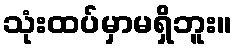
သုံးထပ်မှာမရှိဘူး။